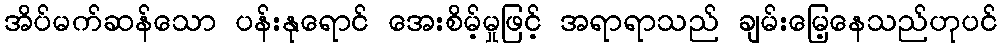
အိပ်မက်ဆန်သော ပန်းနုရောင် အေးစိမ့်မှုဖြင့် အရာရာသည် ချမ်းမြေ့နေသည်ဟုပင်